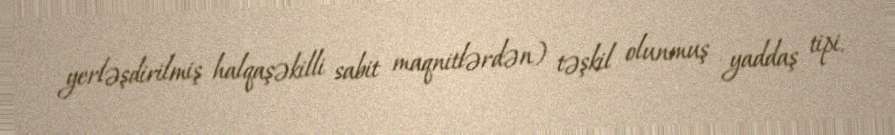
yerləşdirilmiş halqaşəkilli sabit maqnitlərdən) təşkil olunmuş yaddaş tipi.